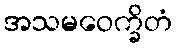
အသမဝေက္ခိတံ